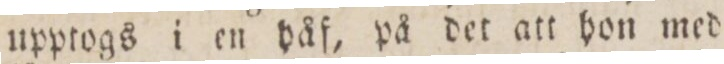
upptogs i en håf, på det att hon med